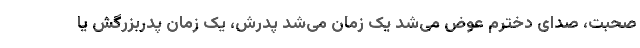
صحبت، صدای دخترم عوض می‌شد یک زمان می‌شد پدرش، یک زمان پدربزرگش یا